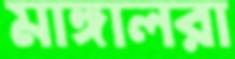
মাঙ্গালরা